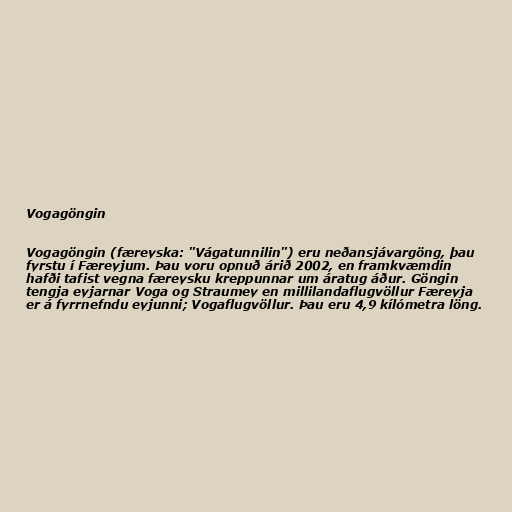
Vogagöngin

Vogagöngin (færeyska: "Vágatunnilin") eru neðansjávargöng, þau
fyrstu í Færeyjum. Þau voru opnuð árið 2002, en framkvæmdin
hafði tafist vegna færeysku kreppunnar um áratug áður. Göngin
tengja eyjarnar Voga og Straumey en millilandaflugvöllur Færeyja
er á fyrrnefndu eyjunni; Vogaflugvöllur. Þau eru 4,9 kílómetra löng.